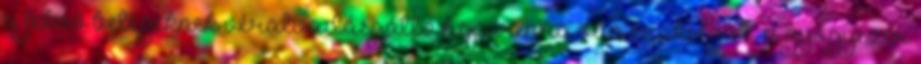
a fekvő betegeknek véralvadásgátló heparinra van szükségük, a gyógyszer